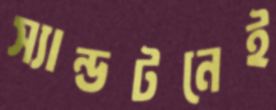
স্যান্ডটনেই